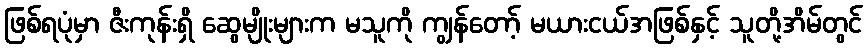
ဖြစ်ရပုံမှာ ဇီးကုန်းရှိ ဆွေမျိုးများက မသူကို ကျွန်တော့် မယားငယ်အဖြစ်နှင့် သူတို့အိမ်တွင်